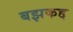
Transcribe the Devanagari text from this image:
बझकद्द